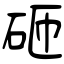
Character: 砸